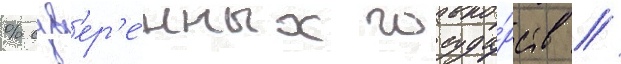
% сув'ер'е́нных госуда́рств //